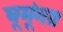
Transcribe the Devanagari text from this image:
घूमूंगा।